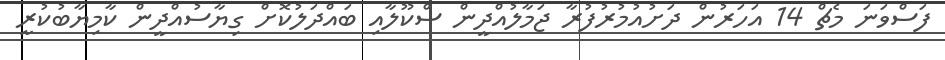
ފަސްވަނަ މެޗް 14 އަހަރުން ދަށުއުމުރުފުރާ ޖަމާލުއްދީން ސްކޫލާއި ބައްދަލުކޮށް ގިޔާސުއްދީން ކާމިޔާބުކުރީ